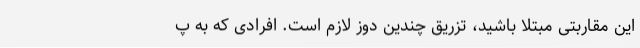
این مقاربتی مبتلا باشید، تزریق چندین دوز لازم است. افرادی که به پ